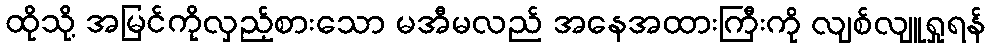
ထိုသို့ အမြင်ကိုလှည့်စားသော မအီမလည် အနေအထားကြီးကို လျစ်လျူရှုရန်